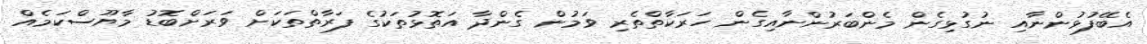
އެބޭފުޅުންނާއި ނުގުޅިގެން މެންބަރުންނާއިގެން ހަރަކާތްތެރި ވަމުން ގެންދާ އަތޮޅުތަކުގެ ފަރާތްތަކަށް ވަރަށްބޮޑު މާޔޫސްކަމެއް